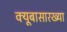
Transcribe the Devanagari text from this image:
क्यूबासारख्या